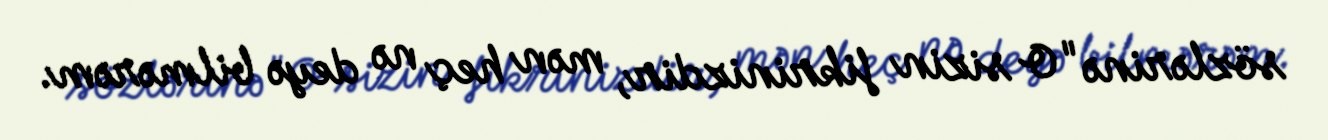
sözlərinə "O sizin fikrinizdir, mən heç nə deyə bilmərəm.